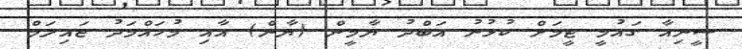
ސީނިއާ ގައުމީ ޓީމަށް ކުޅުނު އަބްދު ޔާމީން (ޔާން) އާއި މުހައްމަދު ޖައިލަމް